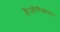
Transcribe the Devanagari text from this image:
है।जोगीआसन